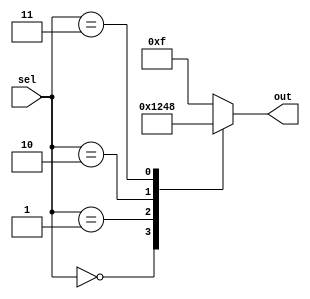
module priority_case(
    input [2:0] sel,
    output reg [3:0] out
);

always @(*)
begin
    case (sel)
        3'b000: out = 4'b0001;
        3'b001: out = 4'b0010;
        3'b010: out = 4'b0100;
        3'b011: out = 4'b1000;
        default: out = 4'b1111;
    endcase
end

endmodule